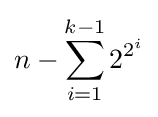
n-\sum _{i=1}^{k-1}2^{2^{i}}